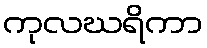
ကုလဃရိကာ